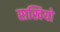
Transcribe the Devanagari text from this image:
सखियो